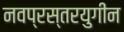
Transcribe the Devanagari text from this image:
नवप्रस्तरयुगीन